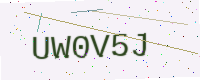
Text: UW0V5J